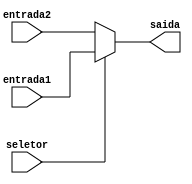
// Multiplexador de 2 entradas simples.

// MUX DE ENTRADAS DE 5 BITS
module mux5Bits2 (
  input wire [4:0] entrada1,
  input wire [4:0] entrada2,
  input wire seletor,
  output reg [4:0] saida
);

  // Se seletor == 1, entao o output ser a entrada1. Caso contrrio, a entrada2.
  always @(*) saida <= (seletor) ? entrada1 : entrada2;
endmodule